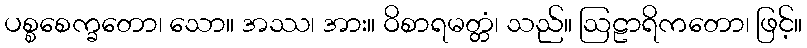
ပစ္စစေက္ခတော၊ သော။ အဿ၊ အား။ ဝိစာရမတ္တံ၊ သည်။ ဩဠာရိကတော၊ ဖြင့်။